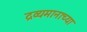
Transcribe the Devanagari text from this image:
द्रव्यमानाच्या